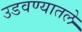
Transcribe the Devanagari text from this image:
उडवण्यातले